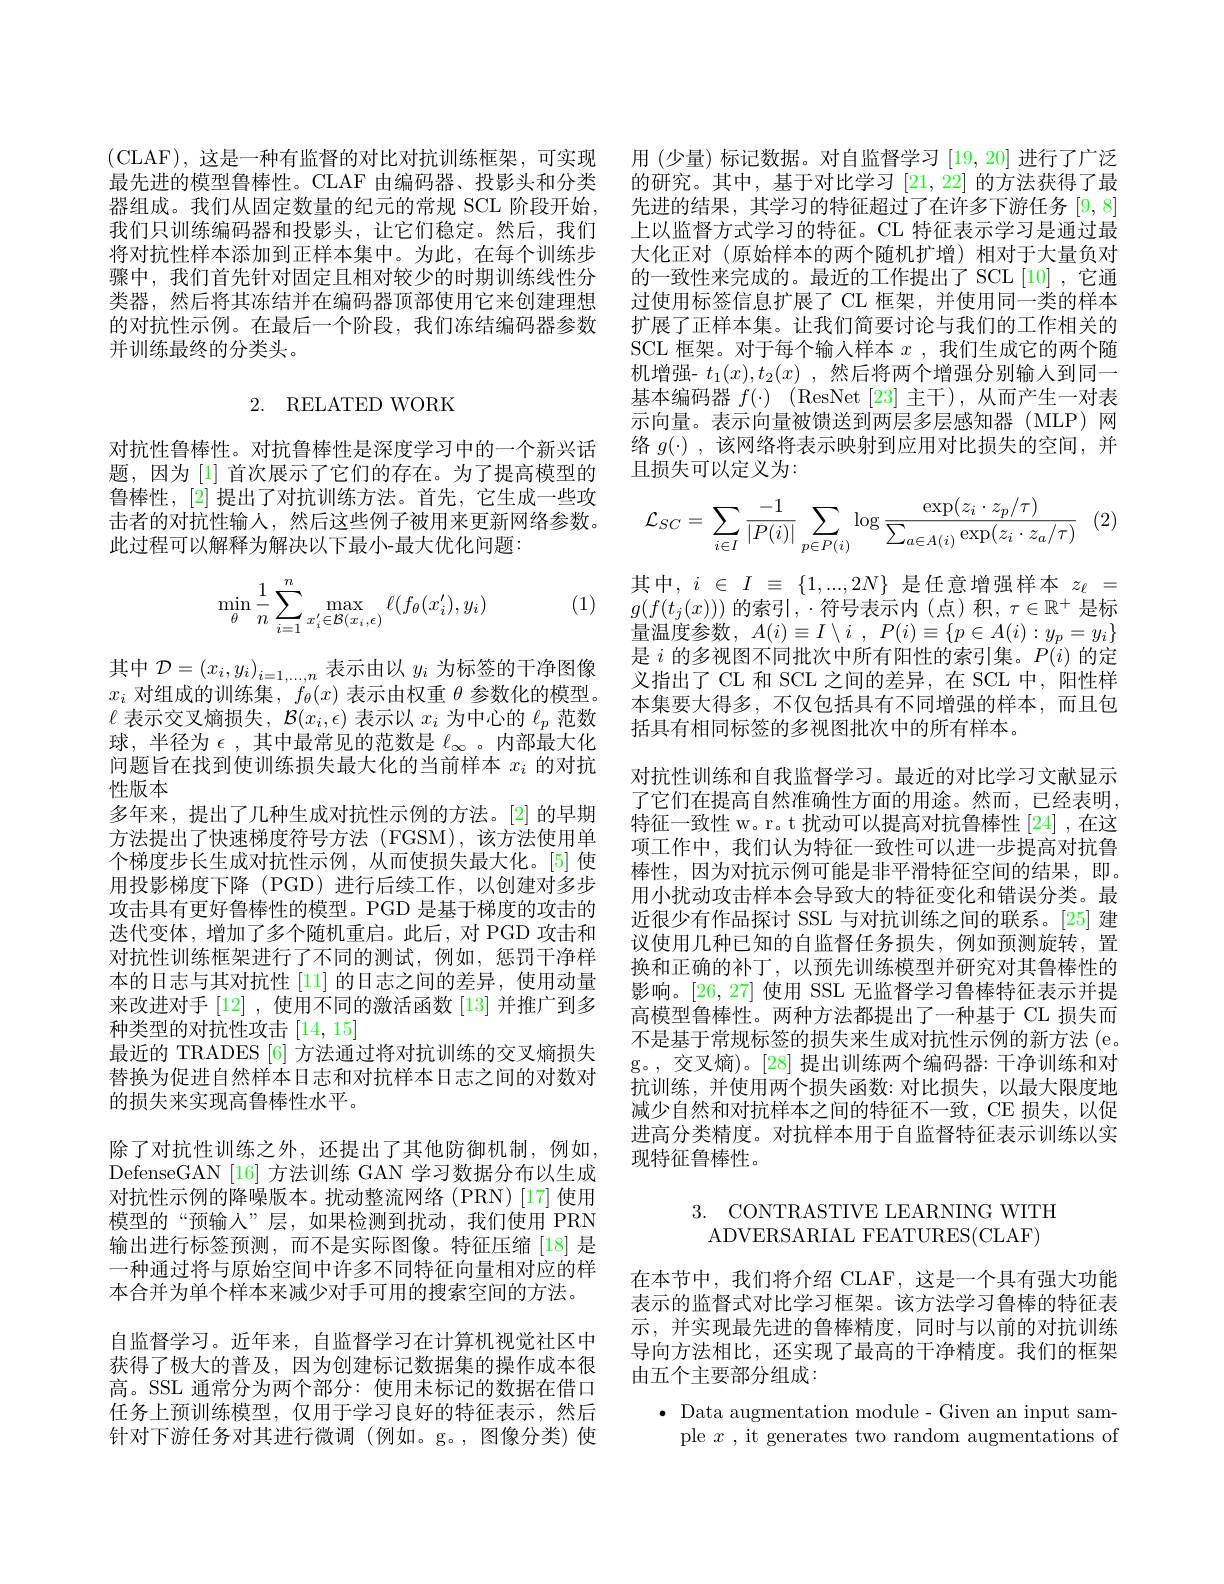
(CLAF),这是一种有监督的对比对抗训练框架，可实现 用 (少量) 标记数据。对自监督学习[19,20]进行了广泛最先进的模型鲁棒性。CLAF 由编码器、投影头和分类 的研究。其中，基于对比学习[21,22]的方法获得了最器组成。我们从固定数量的纪元的常规 SCL 阶段开始，先进的结果，其学习的特征超过了在许多下游任务[9,8] 我们只训练编码器和投影头，让它们稳定。然后，我们 上以监督方式学习的特征。CL 特征表示学习是通过最将对抗性样本添加到正样本集中。为此，在每个训练步 大化正对 (原始样本的两个随机扩增)相对于大量负对骤中，我们首先针对固定且相对较少的时期训练线性分 的一致性来完成的。最近的工作提出了 SCL[10],它通类器，然后将其冻结并在编码器顶部使用它来创建理想的对抗性示例。在最后一个阶段，我们冻结编码器参数并训练最终的分类头。

# 2. RELATED WORK

对抗性鲁棒性。对抗鲁棒性是深度学习中的一个新兴话题，因为[1] 首次展示了它们的存在。为了提高模型的鲁棒性，[2] 提出了对抗训练方法。首先，它生成一些攻击者的对抗性输人，然后这些例子被用来更新网络参数。此过程可以解释为解决以下最小-最大优化问题：
$$\min\limits_{\theta}\dfrac{1}{n}\sum\limits_{i=1}^{n}\max\limits_{x'_i\in\mathcal{B}(x_i,\epsilon)}\ell(f_\theta(x'_i),y_i)$$
(1)

其中$\mathcal{D}=\left(x_i,y_i\right)_{i=1,\ldots,n}$表示由以$y_i$为标签的干净图像$x_i$对组成的训练集，$f_\theta(x)$表示由权重$\theta$参数化的模型。$\ell$表示交叉熵损失，$\mathcal{B}(x_i,\epsilon)$表示以$x_i$为中心的$\ell_p$范数球，半径为$\epsilon$,其中最常见的范数是$\ell_\infty$ 。内部最大化问题旨在找到使训练损失最大化的当前样本$x_i$的对抗性版本
多年来，提出了几种生成对抗性示例的方法。[2]的早期方法提出了快速梯度符号方法(FGSM),该方法使用单个梯度步长生成对抗性示例，从而使损失最大化。[5] 使用投影梯度下降 (PGD)进行后续工作，以创建对多步攻击具有更好鲁棒性的模型。PGD 是基于梯度的攻击的迭代变体，增加了多个随机重启。此后，对 PGD 攻击和对抗性训练框架进行了不同的测试，例如，惩罚干净样本的日志与其对抗性 [11] 的日志之间的差异，使用动量来改进对手[12] ,使用不同的激活函数[13]并推广到多种类型的对抗性攻击[14,15]
最近的 TRADES [6] 方法通过将对抗训练的交叉熵损失替换为促进自然样本日志和对抗样本日志之间的对数对的损失来实现高鲁棒性水平。
除了对抗性训练之外，还提出了其他防御机制，例如， DefenseGAN [16] 方法训练 GAN 学习数据分布以生成对抗性示例的降噪版本。扰动整流网络(PRN)[17]使用模型的“预输入”层，如果检测到扰动，我们使用 PRN 输出进行标签预测，而不是实际图像。特征压缩[18]是一种通过将与原始空间中许多不同特征向量相对应的样本合并为单个样本来减少对手可用的搜索空间的方法。
自监督学习。近年来，自监督学习在计算机视觉社区中获得了极大的普及，因为创建标记数据集的操作成本很高。SSL 通常分为两个部分：使用未标记的数据在借口任务上预训练模型，仅用于学习良好的特征表示，然后针对下游任务对其进行微调(例如。g。,图像分类)使

过使用标签信息扩展了 CL 框架，并使用同一类的样本扩展了正样本集。让我们简要讨论与我们的工作相关的SCL 框架。对于每个输入样本$x$ ,我们生成它的两个随机增强- $t_1(x),t_2(x)$ ,然后将两个增强分别输人到同一基本编码器$f( \cdot )$ ( ResNet[ 23] 主干),从而产生一对表示向量。表示向量被馈送到两层多层感知器(MLP)网络$g(\cdot)$,该网络将表示映射到应用对比损失的空间，并且损失可以定义为：

(2)
$$\mathcal{L}_{SC}=\sum\limits_{i\in I}\frac{-1}{|P(i)|}\sum\limits_{p\in P(i)}\log\frac{\exp(z_i\cdot z_p/\tau)}{\sum\limits_{a\in A(i)}\exp(z_i\cdot z_a/\tau)}$$
其中$,i\in I\equiv\{1,...,2N\}$是任意增强样本$z_\ell=$ $g(f(t_j(x)))$ 的索引$,\cdot$符号表示内(点)积$,\tau\in\mathbb{R}^+$ 是标量温度参数，$A( i) \equiv I\setminus i$ , $P( i) \equiv \{ p\in A( i) : y_p= y_i\}$ 是$i$的多视图不同批次中所有阳性的索引集。$P(i)$的定义指出了 CL 和 SCL 之间的差异，在 SCL 中，阳性样本集要大得多，不仅包括具有不同增强的样本，而且包括具有相同标签的多视图批次中的所有样本。
对抗性训练和自我监督学习。最近的对比学习文献显示了它们在提高自然准确性方面的用途。然而，已经表明， 特征一致性 w。r。t 扰动可以提高对抗鲁棒性 [24] ,在这项工作中，我们认为特征一致性可以进一步提高对抗鲁棒性，因为对抗示例可能是非平滑特征空间的结果，即。用小扰动攻击样本会导致大的特征变化和错误分类。最近很少有作品探讨 SSL 与对抗训练之间的联系。[25] 建议使用几种已知的自监督任务损失，例如预测旋转，置换和正确的补丁，以预先训练模型并研究对其鲁棒性的影响。[26,27]使用 SSL 无监督学习鲁棒特征表示并提高模型鲁棒性。两种方法都提出了一种基于 CL 损失而不是基于常规标签的损失来生成对抗性示例的新方法 (e。g。,交叉熵)。[28] 提出训练两个编码器：干净训练和对抗训练，并使用两个损失函数：对比损失，以最大限度地减少自然和对抗样本之间的特征不一致，CE 损失，以促进高分类精度。对抗样本用于自监督特征表示训练以实现特征鲁棒性。

3. CONTRASTIVE LEARNING WITH
ADVERSARIAL FEATURES(CLAF)

在本节中，我们将介绍 CLAF,这是一个具有强大功能表示的监督式对比学习框架。该方法学习鲁棒的特征表示，并实现最先进的鲁棒精度，同时与以前的对抗训练导向方法相比，还实现了最高的干净精度。我们的框架由五个主要部分组成：
$\bullet$ Data augmentation module- Given an input sam-
ple $x$ , it generates two random augmentations of